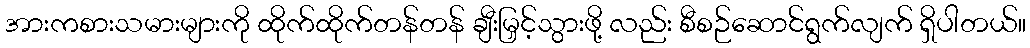
အားကစားသမားများကို ထိုက်ထိုက်တန်တန် ချီးမြှင့်သွားဖို့ လည်း စီစဉ်ဆောင်ရွက်လျက် ရှိပါတယ်။